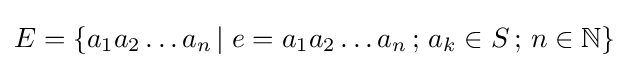
E=\{a_{1}a_{2}\ldots a_{n}\,\vert \;e=a_{1}a_{2}\ldots a_{n}\,;\,a_{k}\in S\,;\,n\in \mathbb {N} \}